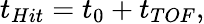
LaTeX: t_{Hit}=t_{0}+t_{TOF},